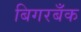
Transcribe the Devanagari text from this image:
बिगरबँक